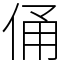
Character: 俑